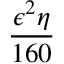
\frac { \epsilon ^ { 2 } \eta } { 1 6 0 }